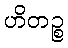
ဟိတဉ္စ